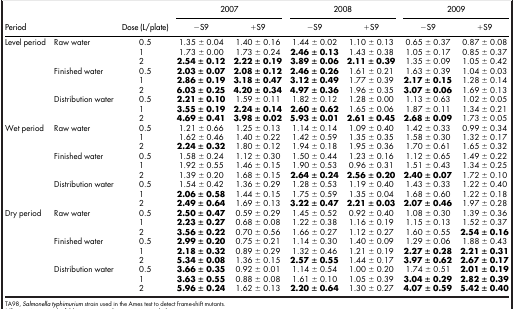
<table><thead><tr><td rowspan="2"><b>Period</b></td><td rowspan="2"><b> </b></td><td rowspan="2"><b>Dose (L/plate)</b></td><td colspan="2"><b>2007</b></td><td colspan="2"><b>2008</b></td><td colspan="2"><b>2009</b></td></tr><tr><td><b>−S9</b></td><td><b>+S9</b></td><td><b>−S9</b></td><td><b>+S9</b></td><td><b>−S9</b></td><td><b>+S9</b></td></tr></thead><tbody><tr><td>Level period</td><td>Raw water</td><td>0.5</td><td>1.35 ± 0.04</td><td>1.40 ± 0.16</td><td>1.44 ± 0.02</td><td>1.10 ± 0.13</td><td>0.65 ± 0.37</td><td>0.87 ± 0.08</td></tr><tr><td> </td><td> </td><td>1</td><td>1.73 ± 0.00</td><td>1.73 ± 0.24</td><td><b>2.46 ± 0.13</b></td><td>1.43 ± 0.38</td><td>1.05 ± 0.17</td><td>0.85 ± 0.37</td></tr><tr><td> </td><td> </td><td>2</td><td><b>2.54 ± 0.12</b></td><td><b>2.22 ± 0.19</b></td><td><b>3.89 ± 0.06</b></td><td><b>2.11 ± 0.39</b></td><td>1.35 ± 0.09</td><td>1.05 ± 0.42</td></tr><tr><td> </td><td>Finished water</td><td>0.5</td><td><b>2.03 ± 0.07</b></td><td><b>2.08 ± 0.12</b></td><td><b>2.46 ± 0.26</b></td><td>1.61 ± 0.21</td><td>1.63 ± 0.39</td><td>1.04 ± 0.03</td></tr><tr><td> </td><td> </td><td>1</td><td><b>2.86 ± 0.19</b></td><td><b>3.18 ± 0.47</b></td><td><b>3.12 ± 0.49</b></td><td>1.77 ± 0.39</td><td><b>2.17 ± 0.15</b></td><td>1.28 ± 0.14</td></tr><tr><td> </td><td> </td><td>2</td><td><b>6.03 ± 0.25</b></td><td><b>4.20 ± 0.34</b></td><td><b>4.97 ± 0.36</b></td><td>1.96 ± 0.35</td><td><b>3.07 ± 0.06</b></td><td>1.69 ± 0.13</td></tr><tr><td> </td><td>Distribution water</td><td>0.5</td><td><b>2.21 ± 0.10</b></td><td>1.59 ± 0.11</td><td>1.82 ± 0.12</td><td>1.28 ± 0.00</td><td>1.13 ± 0.63</td><td>1.02 ± 0.05</td></tr><tr><td> </td><td> </td><td>1</td><td><b>3.55 ± 0.19</b></td><td><b>2.24 ± 0.14</b></td><td><b>2.60 ± 0.62</b></td><td>1.65 ± 0.06</td><td>1.87 ± 0.11</td><td>1.34 ± 0.21</td></tr><tr><td> </td><td> </td><td>2</td><td><b>4.69 ± 0.41</b></td><td><b>3.98 ± 0.02</b></td><td><b>5.93 ± 0.01</b></td><td><b>2.61 ± 0.45</b></td><td><b>2.68 ± 0.09</b></td><td>1.73 ± 0.05</td></tr><tr><td>Wet period</td><td>Raw water</td><td>0.5</td><td>1.21 ± 0.66</td><td>1.25 ± 0.13</td><td>1.14 ± 0.14</td><td>1.09 ± 0.40</td><td>1.42 ± 0.33</td><td>0.99 ± 0.34</td></tr><tr><td> </td><td> </td><td>1</td><td>1.62 ± 0.46</td><td>1.40 ± 0.22</td><td>1.42 ± 0.59</td><td>1.35 ± 0.35</td><td>1.58 ± 0.30</td><td>1.32 ± 0.17</td></tr><tr><td> </td><td> </td><td>2</td><td><b>2.24 ± 0.32</b></td><td>1.80 ± 0.12</td><td>1.94 ± 0.18</td><td>1.95 ± 0.36</td><td>1.70 ± 0.61</td><td>1.65 ± 0.32</td></tr><tr><td> </td><td>Finished water</td><td>0.5</td><td>1.58 ± 0.24</td><td>1.12 ± 0.30</td><td>1.50 ± 0.44</td><td>1.23 ± 0.16</td><td>1.12 ± 0.65</td><td>1.49 ± 0.22</td></tr><tr><td> </td><td> </td><td>1</td><td>1.92 ± 0.55</td><td>1.46 ± 0.15</td><td>1.90 ± 0.53</td><td>0.96 ± 0.31</td><td>1.51 ± 0.43</td><td>1.34 ± 0.25</td></tr><tr><td> </td><td> </td><td>2</td><td>1.39 ± 0.20</td><td>1.68 ± 0.15</td><td><b>2.64 ± 0.24</b></td><td><b>2.56 ± 0.20</b></td><td><b>2.40 ± 0.07</b></td><td>1.72 ± 0.10</td></tr><tr><td> </td><td>Distribution water</td><td>0.5</td><td>1.54 ± 0.42</td><td>1.36 ± 0.29</td><td>1.28 ± 0.53</td><td>1.19 ± 0.40</td><td>1.43 ± 0.33</td><td>1.22 ± 0.40</td></tr><tr><td> </td><td> </td><td>1</td><td><b>2.06 ± 0.58</b></td><td>1.44 ± 0.15</td><td>1.75 ± 0.59</td><td>1.35 ± 0.04</td><td>1.68 ± 0.60</td><td>1.22 ± 0.18</td></tr><tr><td> </td><td> </td><td>2</td><td><b>2.49 ± 0.64</b></td><td>1.69 ± 0.13</td><td><b>3.22 ± 0.47</b></td><td><b>2.21 ± 0.03</b></td><td><b>2.07 ± 0.46</b></td><td>1.97 ± 0.28</td></tr><tr><td>Dry period</td><td>Raw water</td><td>0.5</td><td><b>2.50 ± 0.47</b></td><td>0.59 ± 0.29</td><td>1.45 ± 0.52</td><td>0.92 ± 0.40</td><td>1.08 ± 0.30</td><td>1.39 ± 0.36</td></tr><tr><td> </td><td> </td><td>1</td><td><b>2.23 ± 0.27</b></td><td>0.68 ± 0.08</td><td>1.22 ± 0.38</td><td>1.16 ± 0.19</td><td>1.15 ± 0.13</td><td>1.52 ± 0.37</td></tr><tr><td> </td><td> </td><td>2</td><td><b>3.56 ± 0.22</b></td><td>0.70 ± 0.56</td><td>1.66 ± 0.27</td><td>1.12 ± 0.27</td><td>1.60 ± 0.55</td><td><b>2.54 ± 0.16</b></td></tr><tr><td> </td><td>Finished water</td><td>0.5</td><td><b>2.99 ± 0.20</b></td><td>0.75 ± 0.21</td><td>1.14 ± 0.30</td><td>1.40 ± 0.09</td><td>1.29 ± 0.06</td><td>1.88 ± 0.43</td></tr><tr><td> </td><td> </td><td>1</td><td><b>2.18 ± 0.32</b></td><td>0.89 ± 0.29</td><td>1.32 ± 0.46</td><td>1.21 ± 0.19</td><td><b>2.27 ± 0.28</b></td><td><b>2.21 ± 0.31</b></td></tr><tr><td> </td><td> </td><td>2</td><td><b>5.34 ± 0.08</b></td><td>1.36 ± 0.15</td><td><b>2.57 ± 0.55</b></td><td>1.44 ± 0.17</td><td><b>3.97 ± 0.62</b></td><td><b>2.67 ± 0.17</b></td></tr><tr><td> </td><td>Distribution water</td><td>0.5</td><td><b>3.66 ± 0.35</b></td><td>0.92 ± 0.01</td><td>1.14 ± 0.54</td><td>1.00 ± 0.20</td><td>1.74 ± 0.51</td><td><b>2.01 ± 0.19</b></td></tr><tr><td> </td><td> </td><td>1</td><td><b>3.63 ± 0.55</b></td><td>0.88 ± 0.08</td><td>1.61 ± 0.10</td><td>1.05 ± 0.39</td><td><b>3.04 ± 0.29</b></td><td><b>2.82 ± 0.39</b></td></tr><tr><td> </td><td> </td><td>2</td><td><b>5.96 ± 0.24</b></td><td>1.62 ± 0.13</td><td><b>2.20 ± 0.64</b></td><td>1.30 ± 0.27</td><td><b>4.07 ± 0.59</b></td><td><b>5.42 ± 0.40</b></td></tr></tbody></table>